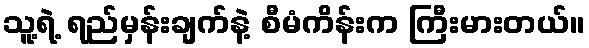
သူ့ရဲ့ ရည်မှန်းချက်နဲ့ စီမံကိန်းက ကြီးမားတယ်။